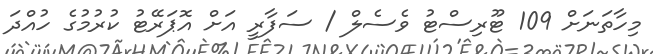
މިހާތަނަށް 109 ޓޫރިސްޓު ވެސެލް / ސަފާރީ އަށް އޮޕަރޭޓު ކުުރުމުގެ ހުއްދަ